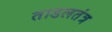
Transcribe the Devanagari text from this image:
ताडलतंत्र